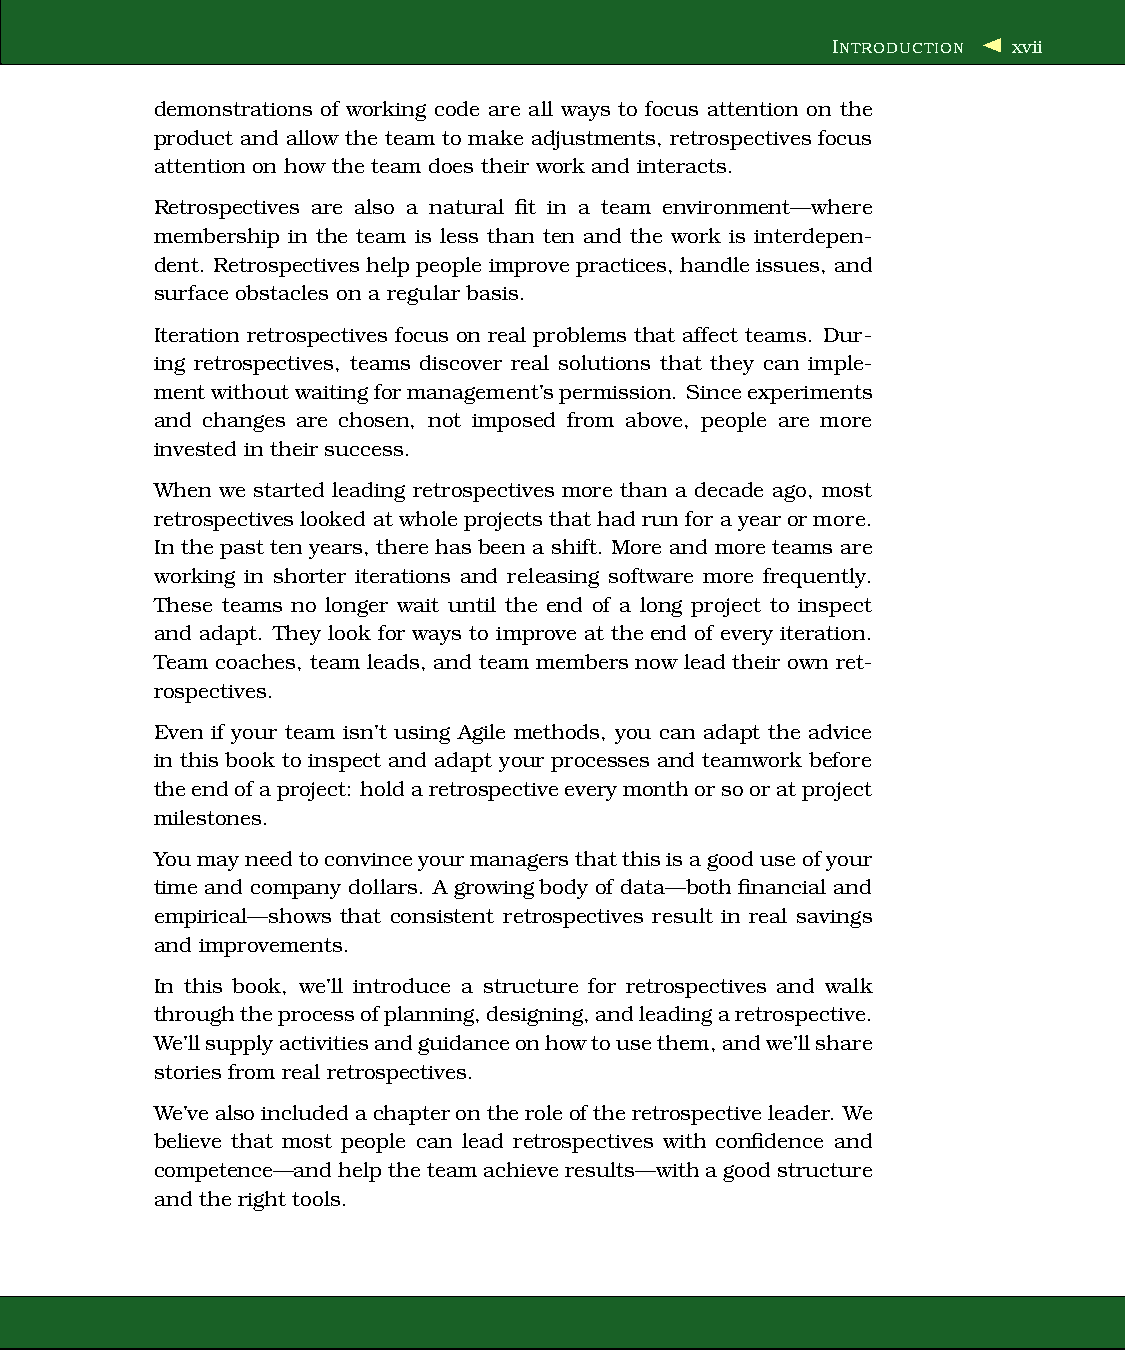
INTRODUCTION xvii
 demonstrations of working code are all ways to focus attention on the
 product and allow the team to make adjustments, retrospectives focus
 attention on how the team does their work and interacts.
 Retrospectives are also a natural fit in a team environment—where
 membership in the team is less than ten and the work is interdepen-
 dent. Retrospectives help people improve practices, handle issues, and
 surface obstacles on a regular basis.
 Iteration retrospectives focus on real problems that affect teams. Dur-
 ing retrospectives, teams discover real solutions that they can imple-
 mentwithoutwaitingformanagement’spermission. Sinceexperiments
 and changes are chosen, not imposed from above, people are more
 invested in their success.
 When we started leading retrospectives more than a decade ago, most
 retrospectiveslooked atwholeprojectsthathadrun forayear or more.
 In the past ten years, therehas been a shift. More and more teams are
 working in shorter iterations and releasing software more frequently.
 These teams no longer wait until the end of a long project to inspect
 and adapt. They look for ways to improve at the end of every iteration.
 Team coaches, team leads, and team members now lead their own ret-
 rospectives.
 Even if your team isn’t using Agile methods, you can adapt the advice
 in this book to inspect and adapt your processes and teamwork before
 theendofaproject: holdaretrospectiveeverymonthorsooratproject
 milestones.
 Youmayneedtoconvinceyourmanagersthatthisisagooduseofyour
 time and company dollars. A growing body of data—both financial and
 empirical—shows that consistent retrospectives result in real savings
 and improvements.
 In this book, we’ll introduce a structure for retrospectives and walk
 throughtheprocessofplanning,designing,andleadingaretrospective.
 We’llsupplyactivitiesandguidanceonhowtousethem,andwe’llshare
 stories from real retrospectives.
 We’vealsoincludedachapterontheroleoftheretrospectiveleader. We
 believe that most people can lead retrospectives with confidence and
 competence—and helptheteamachieveresults—withagood structure
 and the right tools.